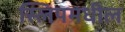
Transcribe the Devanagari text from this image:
स्लिपमधील